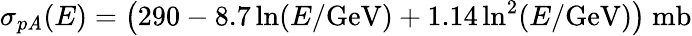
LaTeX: \sigma_{p\mathit{A}}(E)=\bigl(290-8.7\ln(E/\mathrm{{GeV}})+1.14\ln^{2}(E/\mathrm{{GeV}})\bigr)\ \mathrm{{mb}}